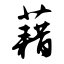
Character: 藉